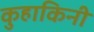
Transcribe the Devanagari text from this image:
कुहाकिनी